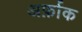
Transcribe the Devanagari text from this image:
अर्फ़ाक